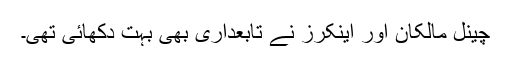
چینل مالکان اور اینکرز نے تابعداری بھی بہت دکھائی تھی۔